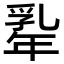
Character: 𢆡